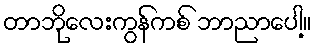
တာဘိုလေးကွန်ကစ် ဘာညာပေါ့။